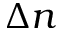
\Delta n